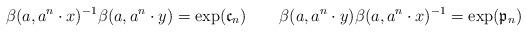
LaTeX: \begin{align*} \beta(a,a^{n}\cdot x)^{-1}\beta(a,a^{n}\cdot y)=\exp(\mathfrak{c}_n)\quad\quad\beta(a,a^{n}\cdot y)\beta(a,a^{n}\cdot x)^{-1}=\exp(\mathfrak{p}_n)\end{align*}